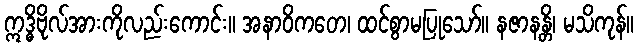
ဣဒ္ဓိဗိုလ်အားကိုလည်းကောင်း။ အနာဝိကတေ၊ ထင်စွာမပြုသော်။ နဇာနန္တိ၊ မသိကုန်။